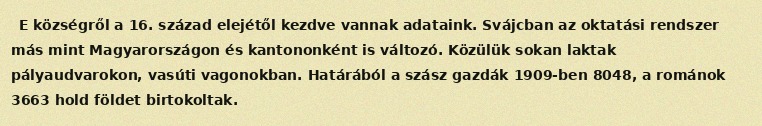
E községről a 16. század elejétől kezdve vannak adataink. Svájcban az oktatási rendszer más mint Magyarországon és kantononként is változó. Közülük sokan laktak pályaudvarokon, vasúti vagonokban. Határából a szász gazdák 1909-ben 8048, a románok 3663 hold földet birtokoltak.